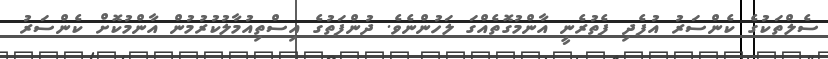
ސެލްތަކުގެ ކެންސަރު އުފެދި ފެތުރެނީ އާންމުގޮތެއްގަ ލަހުންނެވެ. ދުންފަތުގެ އިސްތިއުމާލުކުރުމުން އާންމުކޮށް ކެންސަރު